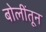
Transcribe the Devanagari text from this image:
बोलींतून